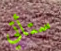
ستأتي